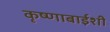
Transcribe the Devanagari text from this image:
कृष्णाबाईशी